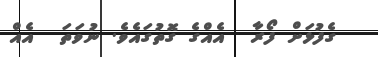
ގެފުޅަށް ފޯރާ  އެއްގެ ގޮތުގައެވެ. ނުވަތަ  އެއް